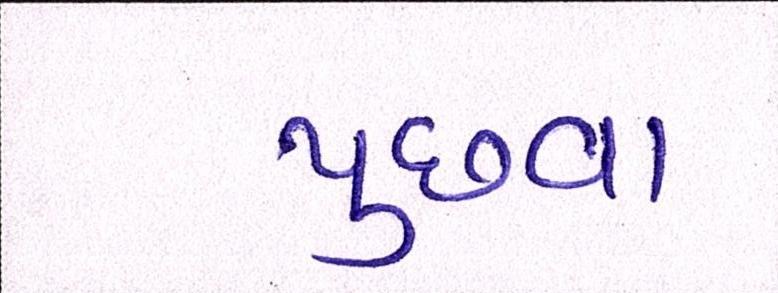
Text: પુછવા